King Institute of Preventive Medicine Micro-Biological Section reports 1912-19
Year: 1912
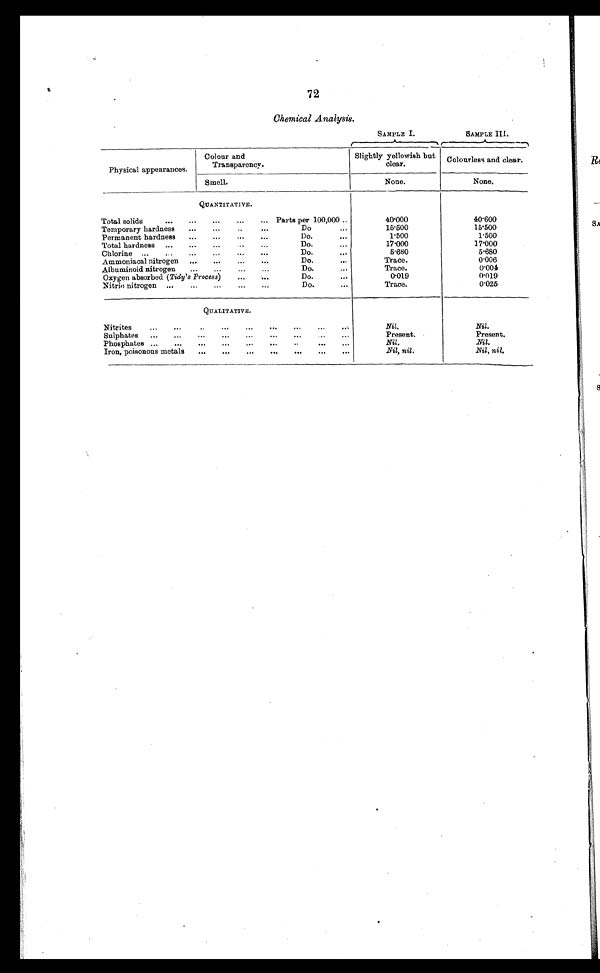
Chemical Analysis.
SAMPLE I.
SAMPLE III.
Physical appearances.
Colour and
Transparency.
Slightly yellowish but
clear.
Colourless and clear.
Smell.
None.
None.
QUANTITATIVE.
Total solids
...
...
...
...
... Parts per 100,000 ..
40.000
40'600
Temporary hardness
...
...
...
. . .
Do
. . .
15'500
15'500
Permanent hardness
...
...
...
...
Do.
. . .
1.500
1'500
Total hardness
...
...
...
• ..
Do.
...
17.000
17'000
Chlorine ...
...
...
...
...
...
Do.
. . .
5.680
5.680
Ammoniacal nitrogen
...
...
Do.
. . .
Trace.
0.006
Albuminoid nitrogen
...
...
...
...
Do.
...
Trace.
0 . 0 0 4
Oxygen absorbed (Tidy's Process)
. . .
... . .
Do.
...
0.019
0.019
Nitric nitrogen
...
. . .
...
...
...
Do.
Trace.
0'025
QUALITATIVE.
Nitrites ... ...
. . .
...
...
...
. . .
...
...
Nil.
Nil.
Sulphates
...
...
...
...
...
...
...
Present.
Present.
Phosphates ...
...
...
...
...
,..
.
. .
.
...
Nil.
Nil.
Iron, poisonous metals
...
...
...
...
...
...
...
.Nil, nil.
Nil, nil.